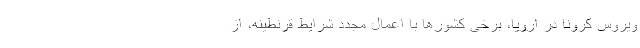
ویروس کرونا در اروپا، برخی کشورها با اعمال مجدد شرایط قرنطینه، از